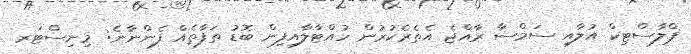
ޕްލާސްޓިކް އުލާއި ސަމްސާ ރާއްޖެ އެތެރެކުރުން ހުއްޓާލާއިފިން ބޮޑު ތަފާތެއް ފެންނާނެ: މިނިސްޓަރ